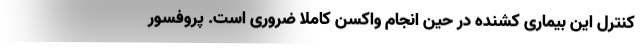
کنترل این بیماری کشنده در حین انجام واکسن کاملاً ضروری است. پروفسور